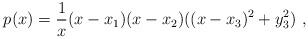
LaTeX: \begin{align*}p(x)= {1\over x} (x-x_1)(x-x_2) ((x-x_3)^2+ y_3^2)\ ,\end{align*}